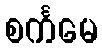
စင်္ကမေ